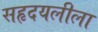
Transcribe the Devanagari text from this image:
सहृदयलीला